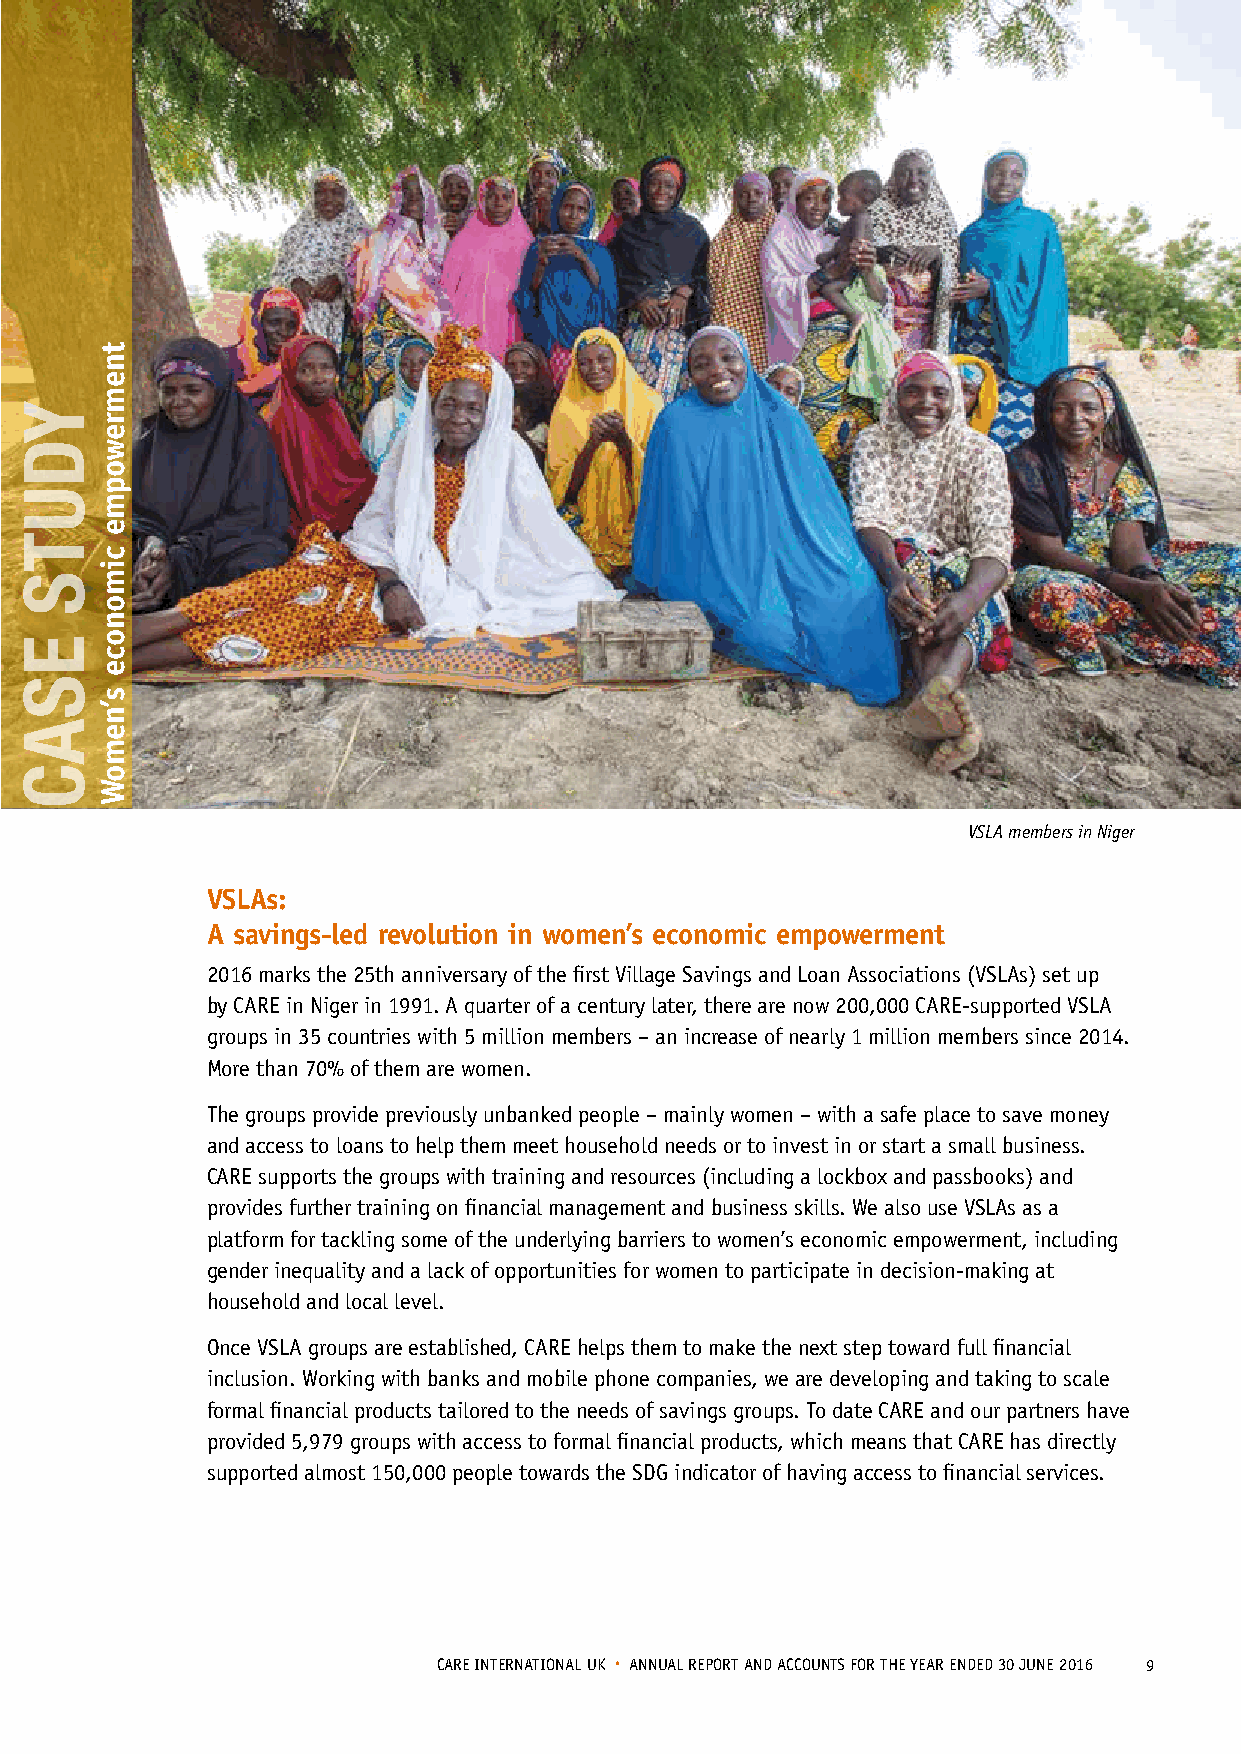
VSLA members in Niger
 VSLAs:
 A savings-led revolution in women’s economic empowerment
 2016 marks the 25th anniversary of the first Village Savings and Loan Associations (VSLAs) set up
 by CARE in Niger in 1991. A quarter of a century later, there are now 200,000 CARE-supported VSLA
 groups in 35 countries with 5 million members – an increase of nearly 1 million members since 2014.
 More than 70% of them are women.
 The groups provide previously unbanked people – mainly women – with a safe place to save money
 and access to loans to help them meet household needs or to invest in or start a small business.
 CARE supports the groups with training and resources (including a lockbox and passbooks) and
 provides further training on financial management and business skills. We also use VSLAs as a
 platform for tackling some of the underlying barriers to women’s economic empowerment, including
 gender inequality and a lack of opportunities for women to participate in decision-making at
 household and local level.
 Once VSLA groups are established, CARE helps them to make the next step toward full financial
 inclusion. Working with banks and mobile phone companies, we are developing and taking to scale
 formal financial products tailored to the needs of savings groups. To date CARE and our partners have
 provided 5,979 groups with access to formal financial products, which means that CARE has directly
 supported almost 150,000 people towards the SDG indicator of having access to financial services.
 CARE INTERNATIONAL UK • ANNUAL REPORT AND ACCOUNTS FOR THE YEAR ENDED 30 JUNE 2016 9
 YDUTS
 ESAC
 tnemrewopme
 cimonoce
 s’nemoW